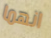
انهما